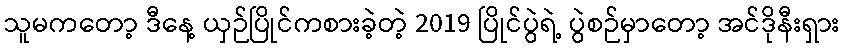
သူမကတော့ ဒီနေ့ ယှဉ်ပြိုင်ကစားခဲ့တဲ့ 2019 ပြိုင်ပွဲရဲ့ ပွဲစဉ်မှာတော့ အင်ဒိုနီးရှား